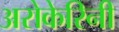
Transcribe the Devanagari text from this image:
अरोकेरिनी